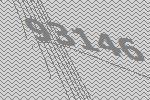
93146